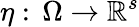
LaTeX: \eta:\, \Omega\to\mathbb{R}^{s}